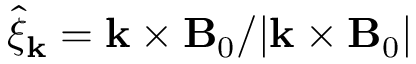
\hat { \xi } _ { \mathbf { k } } = \mathbf { k } \times \mathbf { B } _ { 0 } / | \mathbf { k } \times \mathbf { B } _ { 0 } |